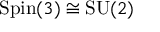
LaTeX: \mathrm { S p i n } ( 3 ) \cong \mathrm { S U } ( 2 )